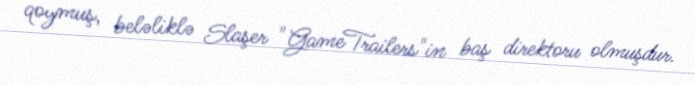
qoymuş, beləliklə Slaşer "GameTrailers"in baş direktoru olmuşdur.